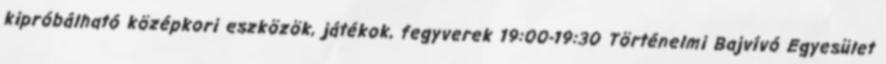
kipróbálható középkori eszközök, játékok, fegyverek 19:00-19:30 Történelmi Bajvívó Egyesület